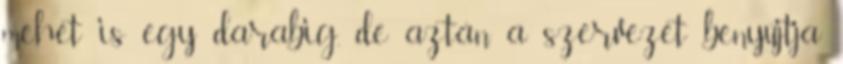
mehet is egy darabig, de aztán a szervezet benyújtja